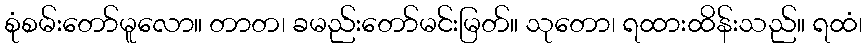
စုံစမ်းတော်မူလော။ တာတ၊ ခမည်းတော်မင်းမြတ်။ သုတော၊ ရထားထိန်းသည်။ ရထံ၊